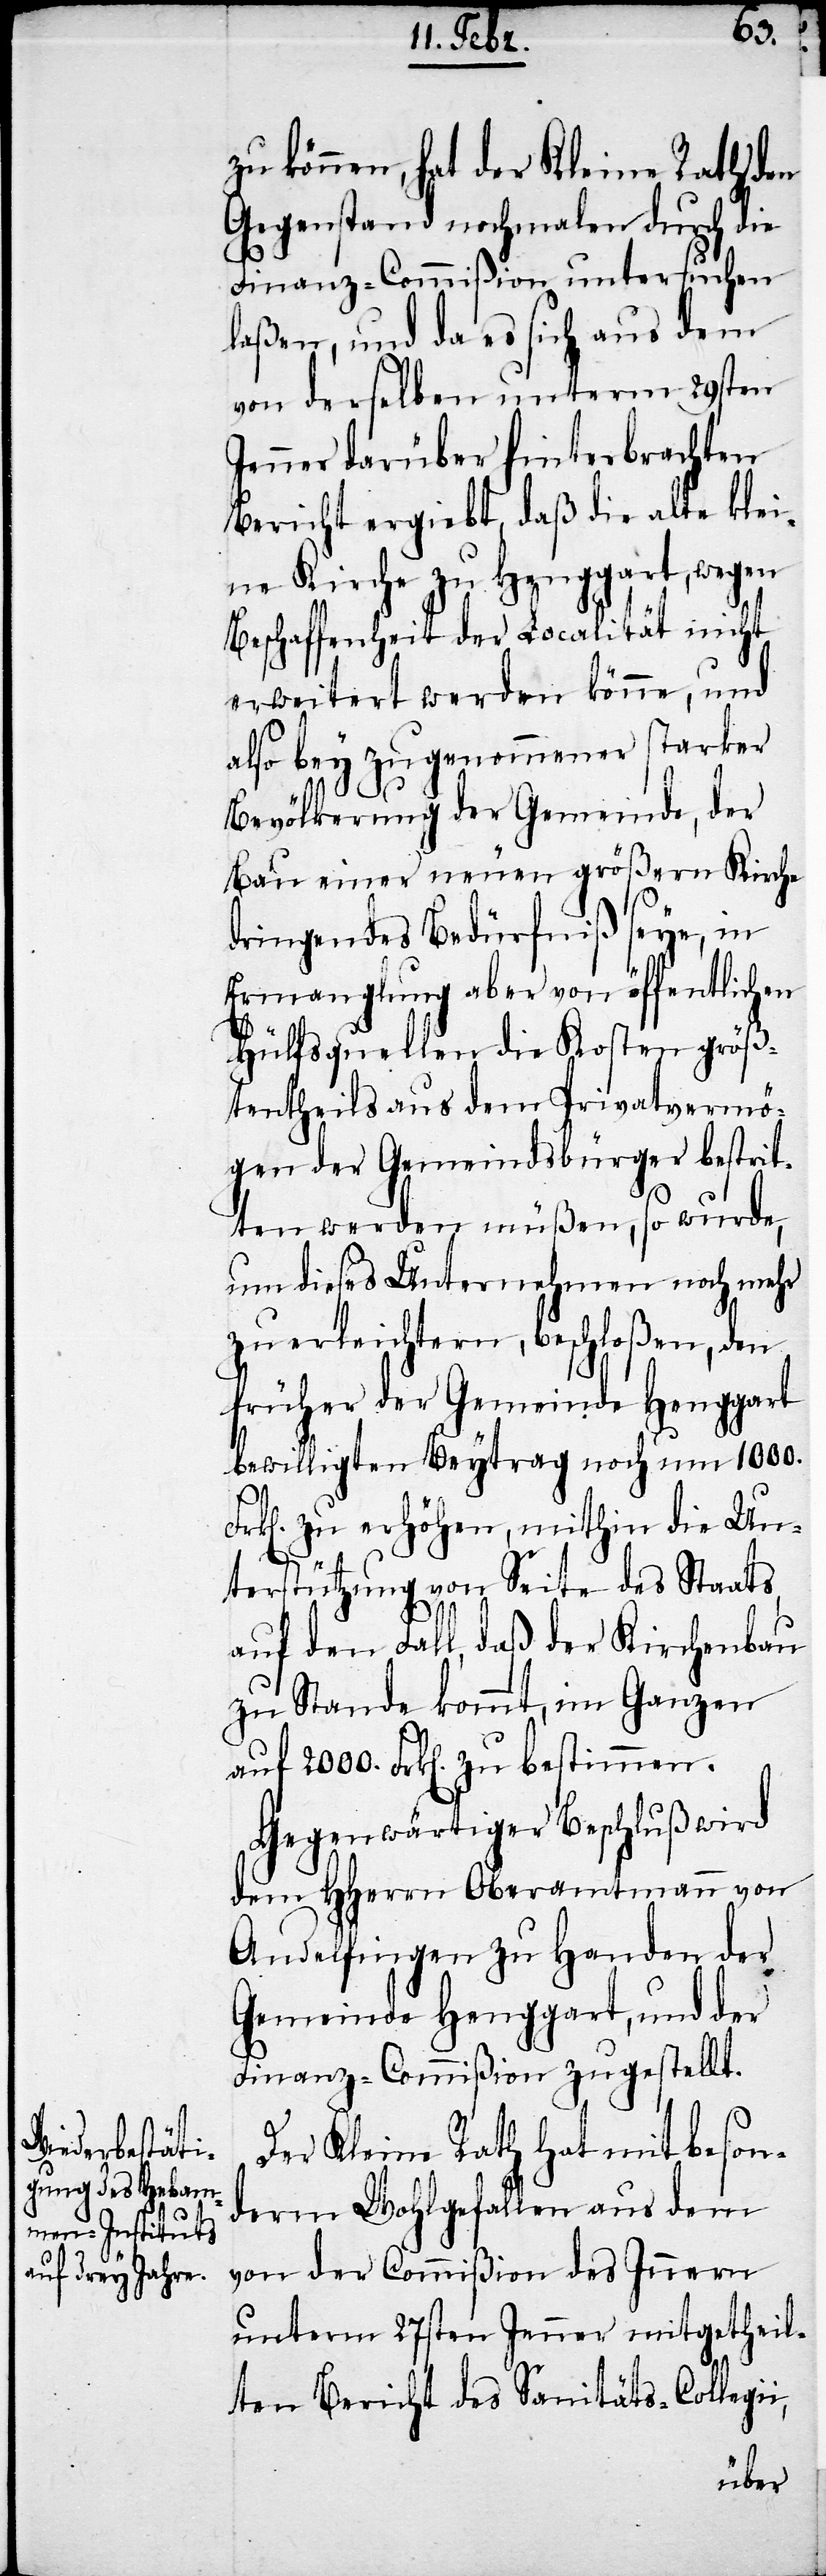
zu können, hat der Kleine Rath den
Gegenstand nochmalen durch die
Finanz-Commißion untersuchen
laßen, und da es sich aus dem
von derselben unterm 29sten
Jenner darüber hinterbrachten
Bericht ergiebt, daß die alte klei¬
ne Kirche zu Henggart, wegen
Beschaffenheit der Localität nicht
erweitert werden könne, und
also bey zugenommener starker
i,
Bevölkerung der Gemeinde, der
Bau einer neuen größern Kirche
dringendes Bedürfniß seye, in
Ermanglung aber von öffentlichen
Hülfsquellen die Kosten größ¬
tentheils aus dem Privatvermö¬
gen der Gemeindsbürger bestrit¬
ten werden müßen, so wurde,
um dieses Unternehmen noch mehr
zu erleichtern, beschloßen, den
früher der Gemeinde Henggart
bewilligten Beytrag noch um 1000.
k[en]. zu erhöhen, mithin die Un¬
terstützung von Seite des Staats
auf den Fall, daß der Kirchenbau
zu Stande kommt, im Ganzen
auf 2000. Frk[en]. zu bestimmen.
Gegenwärtiger Beschluß wird
dem HHerrn Oberamtmann von
Andelfingen zu Handen der
Gemeinde Henggart, und der
Finanz-Commißion zugestellt.
Der Kleine Rath hat mit beson¬
derm Wohlgefallen aus dem
von der Commißion des Innern
unterm 27sten Jenner mitgetheil¬
ten Bericht des Sanitäts-Collegi¬